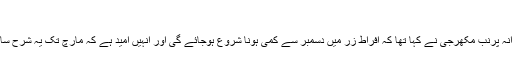
‘
گزشتہ ہفتے وزیر خزانہ پرنب مکھرجی نے کہا تھا کہ افراط زر میں دسمبر سے کمی ہونا شروع ہوجائے گی اور انہیں امید ہے کہ مارچ تک یہ شرح سات فیصد ہو جائے گی۔